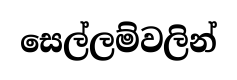
සෙල්ලම්වලින්